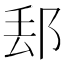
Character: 𨛀